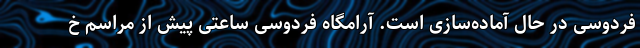
فردوسی در حال آماده‌سازی است. آرامگاه فردوسی ساعتی پیش از مراسم خ